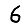
Digit: 6